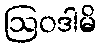
ဩဝဒါမိ